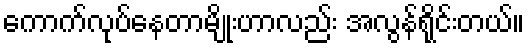
ကောက်လုပ်နေတာမျိုးဟာလည်း အလွန်ရိုင်းတယ်။